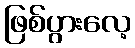
ဖြစ်ပွားလေ့